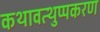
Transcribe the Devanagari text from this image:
कथावत्थुप्पकरण